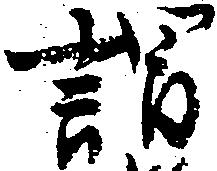
謂